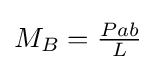
M_{B}={\tfrac {Pab}{L}}